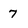
Character: 7